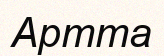
Артта